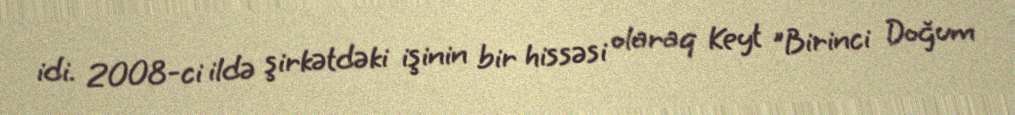
idi. 2008-ci ildə şirkətdəki işinin bir hissəsi olaraq Keyt "Birinci Doğum